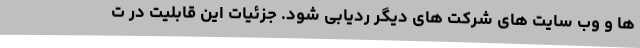
ها و وب سایت های شرکت های دیگر ردیابی شود. جزئیات این قابلیت در ت